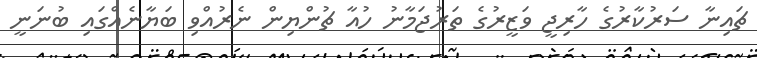
ޗައިނާ ސަރުކާރުގެ ހާރިޖީ ވަޒީރުގެ ތަރުޖަމާނު ހުއާ ޗުންޔިން ނެރުއްވި ބަޔާނެއްގައި ބުނަނީ